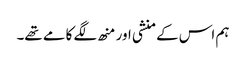
ہم اس کے منشی اور منھ لگے کامے تھے۔